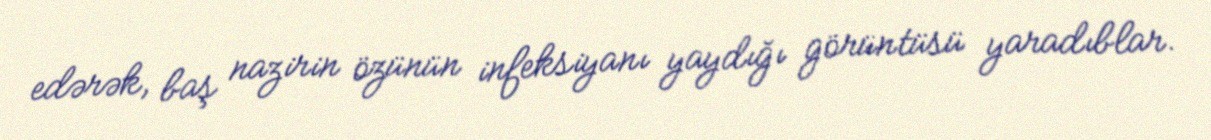
edərək, baş nazirin özünün infeksiyanı yaydığı görüntüsü yaradıblar.